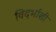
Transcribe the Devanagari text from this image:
विदर्भाशी